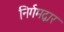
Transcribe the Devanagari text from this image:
निर्गमद्वार